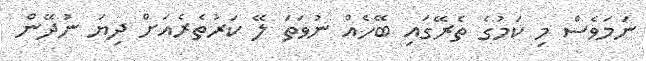
ނަމަވެސް މި ކަމުގެ ތެރޭގައި ބޭހެއް ނުވަތަ ލޭ ކަރުތެރެއަށް ދިޔަ ނުދޭން